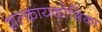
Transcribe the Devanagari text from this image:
शल्कायकोशिका